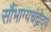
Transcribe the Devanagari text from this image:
सौभाग्यचंद्रोदय